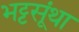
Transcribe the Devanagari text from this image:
भट्टसूंथा